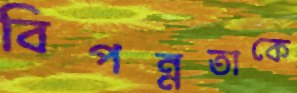
বিপন্নতাকে